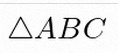
\triangle ABC